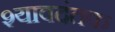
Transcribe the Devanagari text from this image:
श्यावदंतक